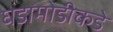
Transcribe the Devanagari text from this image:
घडामोडीकडे